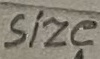
Text: size